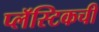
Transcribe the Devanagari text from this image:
प्लॅस्टिकची